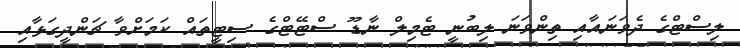
ލިސްޓްގެ ދެވަނައާއި ތިންވަނަ ލިބުނީ ޓެމިލް ނާޑޫ ސްޓޭޓްގެ ސިޓީތައް ކަމަށްވާ ޗަންދީގަޅާއި